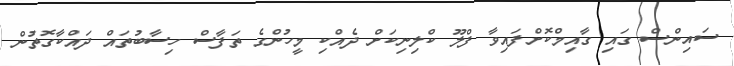
ސައިންސް ގައި ގާއިމްކޮށްފައިވާ ފްލޫ ކްލިނިކަށް ދެއްކި މީހުންގެ ތަފާސް ހިސާބުތައް ދައްކާގޮތުން